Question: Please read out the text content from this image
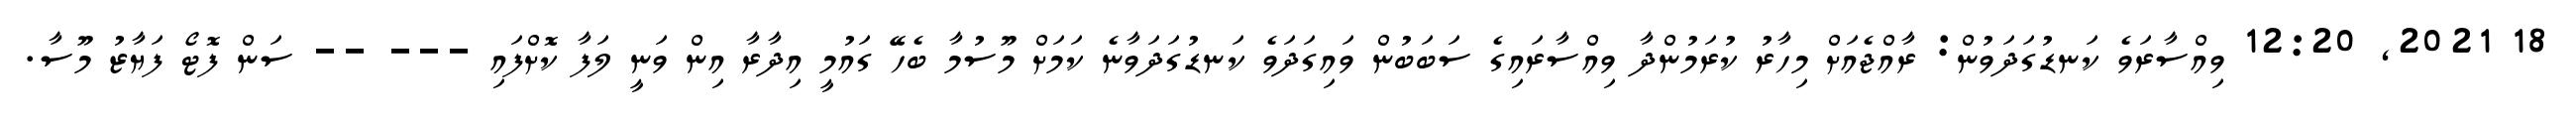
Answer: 18 2021, 12:20 ވިއްސާރަވެ ކަނޑުގަދަވުން: ރާއްޖެއަށް މިހާރު ކުރަމުންދާ ވިއްސާރައިގެ ސަބަބުން ވައިގަދަވެ ކަނޑުގަދަވާނެ ކަމަށް މޫސުމާ ބެހޭ ގައުމީ އިދާރާ އިން ވަނީ ލަފާ ކޮށްފައި --- -- ސަން ފޮޓޯ ފަޔާޒު މޫސާ.